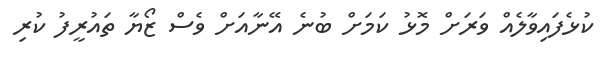
ކުޅެފައިވާލެއް ވަރަށް މޮޅު ކަމަށް ބުނެ އޭނާއަށް ވެސް ޒޯޔާ ތައުރީފު ކުރި